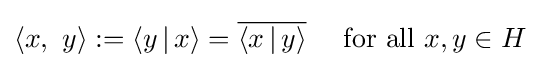
\langle x,\ y\rangle :=\langle y\,|\,x\rangle ={\overline {\langle x\,|\,y\rangle }}\quad {\text{ for all }}x,y\in H